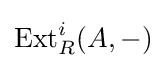
\operatorname {Ext} _{R}^{i}(A,-)